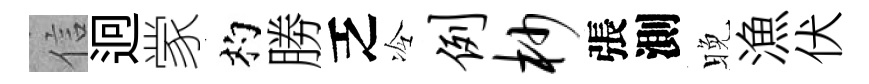
信迥䝉杓勝乏冷例杪張測晚漁伏